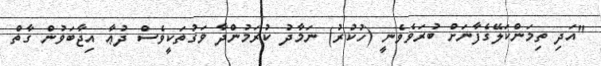
"އަދި ތިމަންކަލޭގެފާނަށް ބުރަވެވެނީ (ހުކުރު) ނަމާދު ކުރަމުންދާ ވަގުތަކީވެސް ދުޢާ އިޖާބަވުން ގާތް